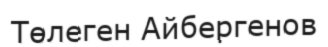
Төлеген Айбергенов